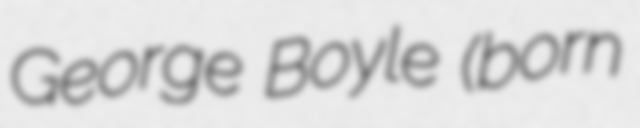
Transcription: George Boyle (born